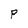
Character: P